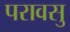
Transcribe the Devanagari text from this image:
परावसु